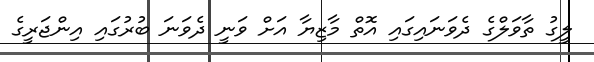
ލީގު ތާވަލްގެ ދެވަނައިގައި އޮތް މާޒިޔާ އަށް ވަނީ ދެވަނަ ބުރުގައި އިންޖަރީގެ